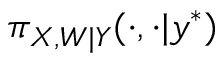
\pi _ { \boldsymbol { X } , \boldsymbol { W } | \boldsymbol { Y } } ( \cdot , \cdot | \boldsymbol { y } ^ { * } )